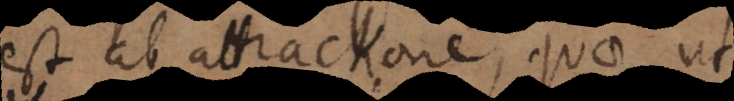
est ab attractione, quae ut